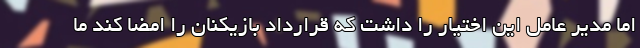
اما مدیر عامل این اختیار را داشت که قرارداد بازیکنان را امضا کند ما